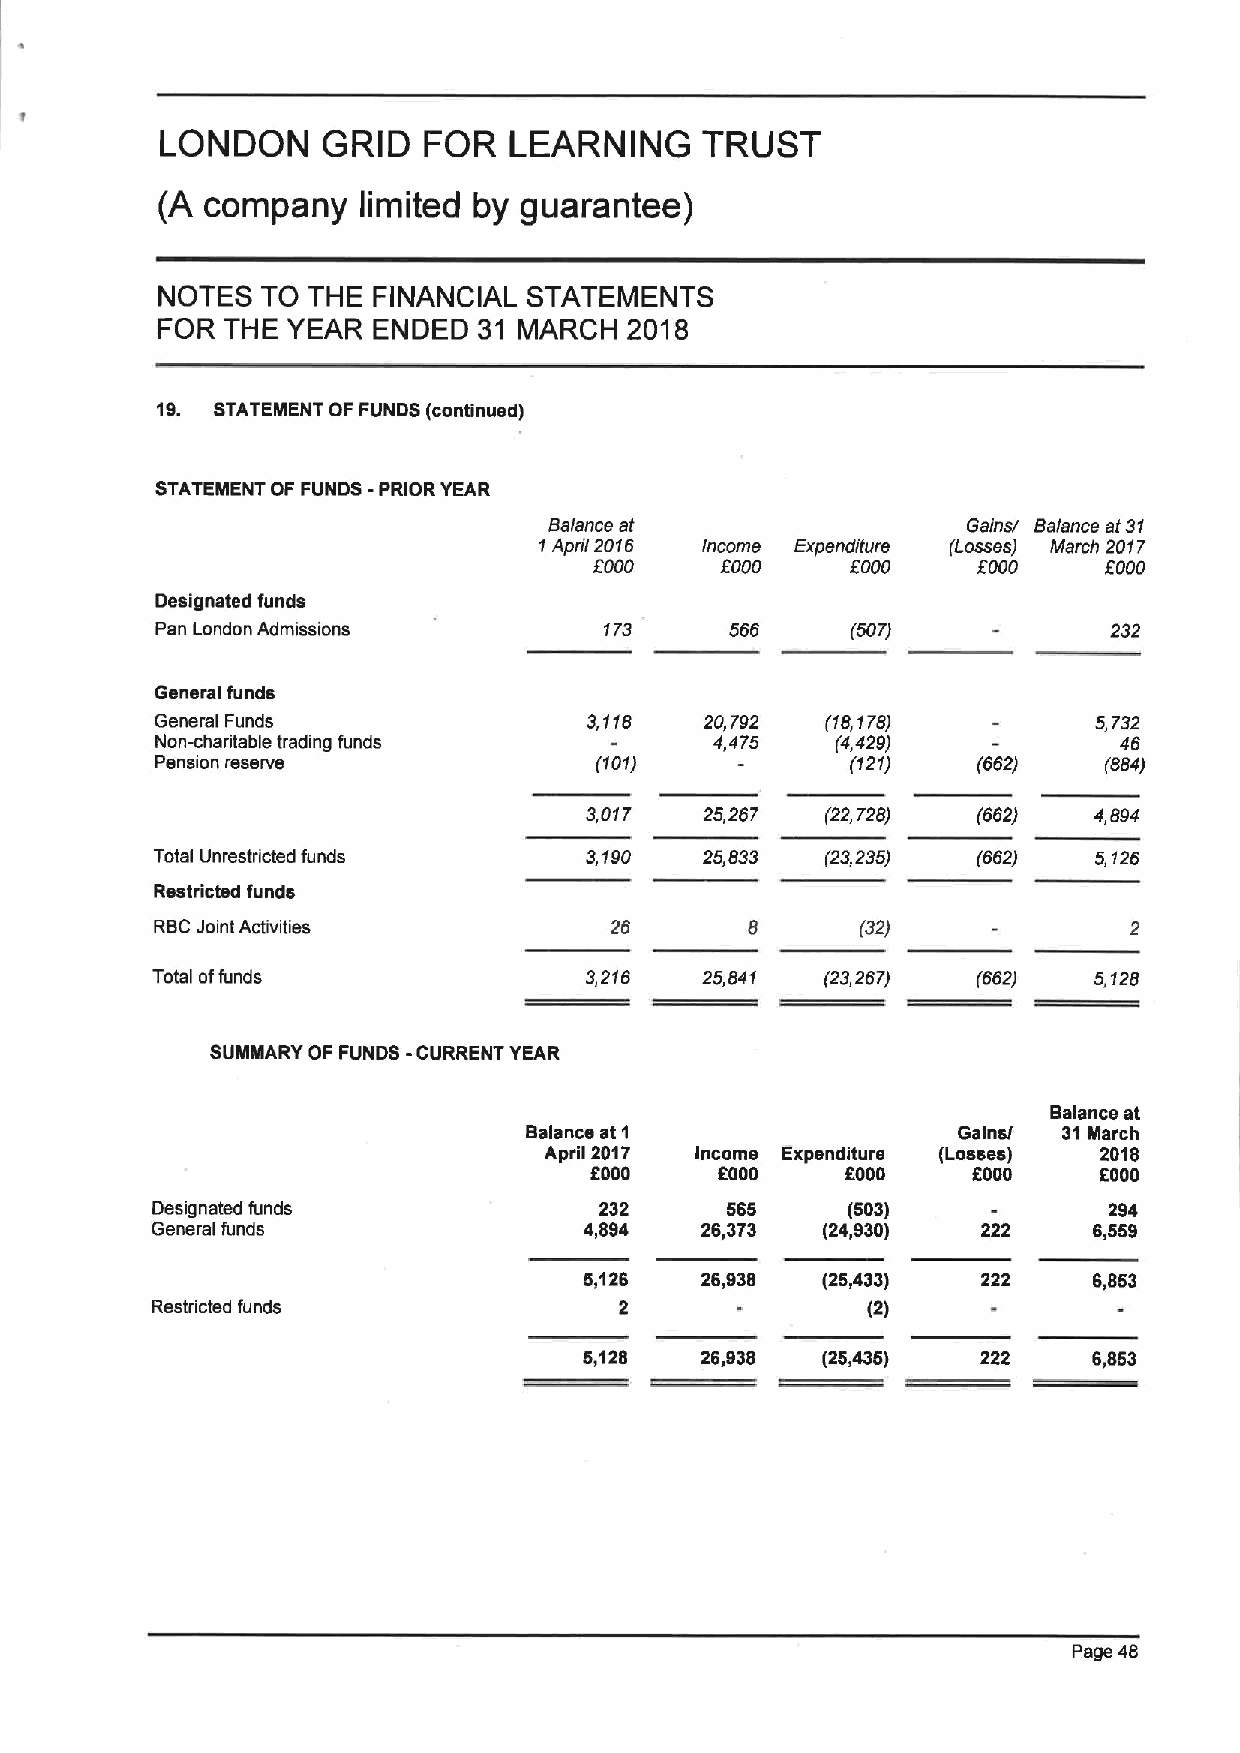
LONDON    GRID   FOR   LEARNING    TRUST
 (A  company   limited by guarantee)
 NOTES  TO THE  FINANCIAL STATEMENTS
 FOR  THE YEAR  ENDED  31 MARCH  2018
 19. STATEMENT OF FUNDS (continued)
 STATEMENT OF FUNDS -PRIOR YEAR
 Balance at                  Gains/ Balance st31
 1April 2016 income Expenditure (Losses) March 2017
 fOOO     OOOO    fOOO     fOOO    fOOO
 Designated funds
 Pan London Admissions         173     566     (507)            232
 General funds
 General Funds                3,118   20,792  (18,178)         5,732
 Non-charitable trading funds         4,475   (4,429)            46
 Pension reserve              (101)            (121)    (662)   (884)
 3,017   25,267  (22 728)  (662)  4,894
 Total Unrestricted funds     3,190   25,833  (23,235)  (662)  5,126
 Restricted funds
 RBCJoint Activities           26        8      (32)
 Total offunds                3,216  25,641   (23,267)  (662)  5,128
 SUMMARY OF FUNDS -CURRENT YEAR
 Balance at
 Balance at 1                Galnsi 31 March
 April 2017 Income Expenditure (Losses) 2016
 f000     6000    f000    fOOO     f000
 Designated funds              232     565     (503)            294
 General funds                4,894  26,373  (24,930)   222    6,559
 5,126  26938   (25433)    222    6,853
 Restricted funds               2               (2)
 6,128  26,938  (25,435)   222    6,853
 Page 46